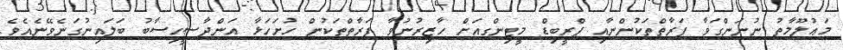
މަޢުލޫމާތު ނުނަންގަވާ ފަރާތްތަކުންނާއި ޕްރީބިޑް މީޓިންގއަށް ހާޒިރުނުވާ ފަރާތްތަކުން ހުށަހަޅާ އަންދާސީހިސާބު ބަލައިނުގަނެވޭނެއެވެ.